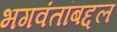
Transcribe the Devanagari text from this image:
भगवंतांबद्दल